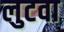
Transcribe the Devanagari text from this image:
लुटवा